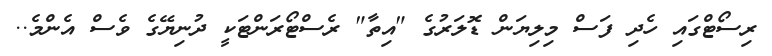
ރިސޯޓްގައި ހެދި ފަސް މިލިޔަން ޑޮލަރުގެ "އިތާ" ރެސްޓޯރަންޓަކީ ދުނިޔޭގެ ވެސް އެންމެ..